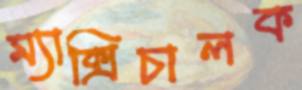
ম্যাক্সিচালক